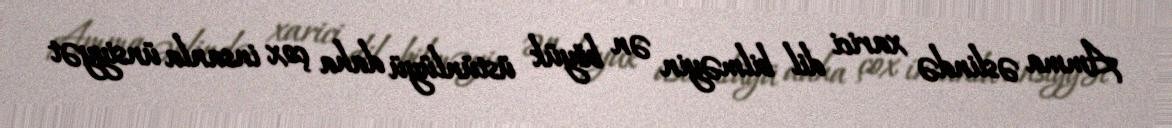
Amma əslində xarici dil bilməyin ən böyük üstünlüyü daha çox insanla ünsiyyət